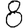
Digit: 8